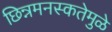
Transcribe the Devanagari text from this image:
छिन्नमनस्कतेमुळे